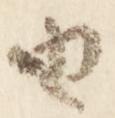
由